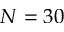
N = 3 0